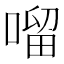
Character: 𠺕